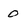
Character: 0